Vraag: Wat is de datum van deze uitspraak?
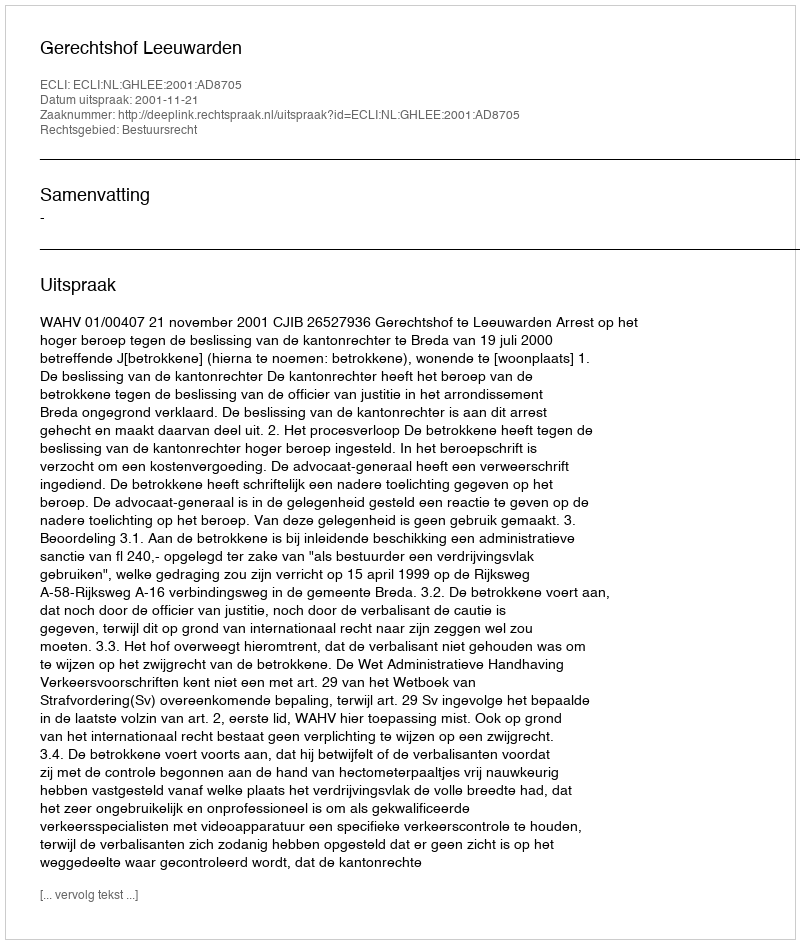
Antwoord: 2001-11-21